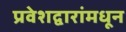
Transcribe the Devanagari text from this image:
प्रवेशद्वारांमधून